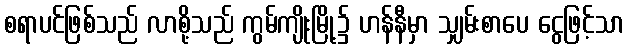
စရာပင်ဖြစ်သည် လာစို့သည် ကွမ်ကျိုးမြို့၌ ဟန်နီမှာ သျှမ်းစာပေ ငွေဖြင့်သာ